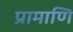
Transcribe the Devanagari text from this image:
प्रामाणि